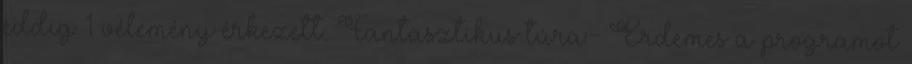
eddig 1 vélemény érkezett. Fantasztikus túra:- Érdemes a programot